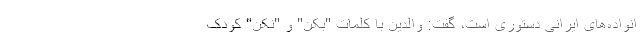
انواده‌های ایرانی دستوری است، گفت: والدین با کلمات "بکن" و "نکن" کودک